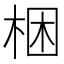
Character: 梱